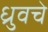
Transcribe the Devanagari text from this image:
ध्रुवचे